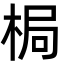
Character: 梮